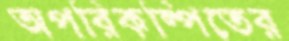
অপরিকল্পিতের